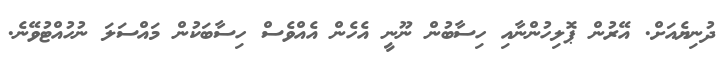
ދުނިޔެއަށް. އޭރުން ޕޮލިހުންނާއި ހިސާބުން ނޫނީ އެހެން އެއްވެސް ހިސާބަކުން މައްސަލަ ނުހުއްޓުވޭނެ.